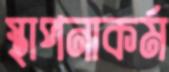
স্থাপনাকর্ম